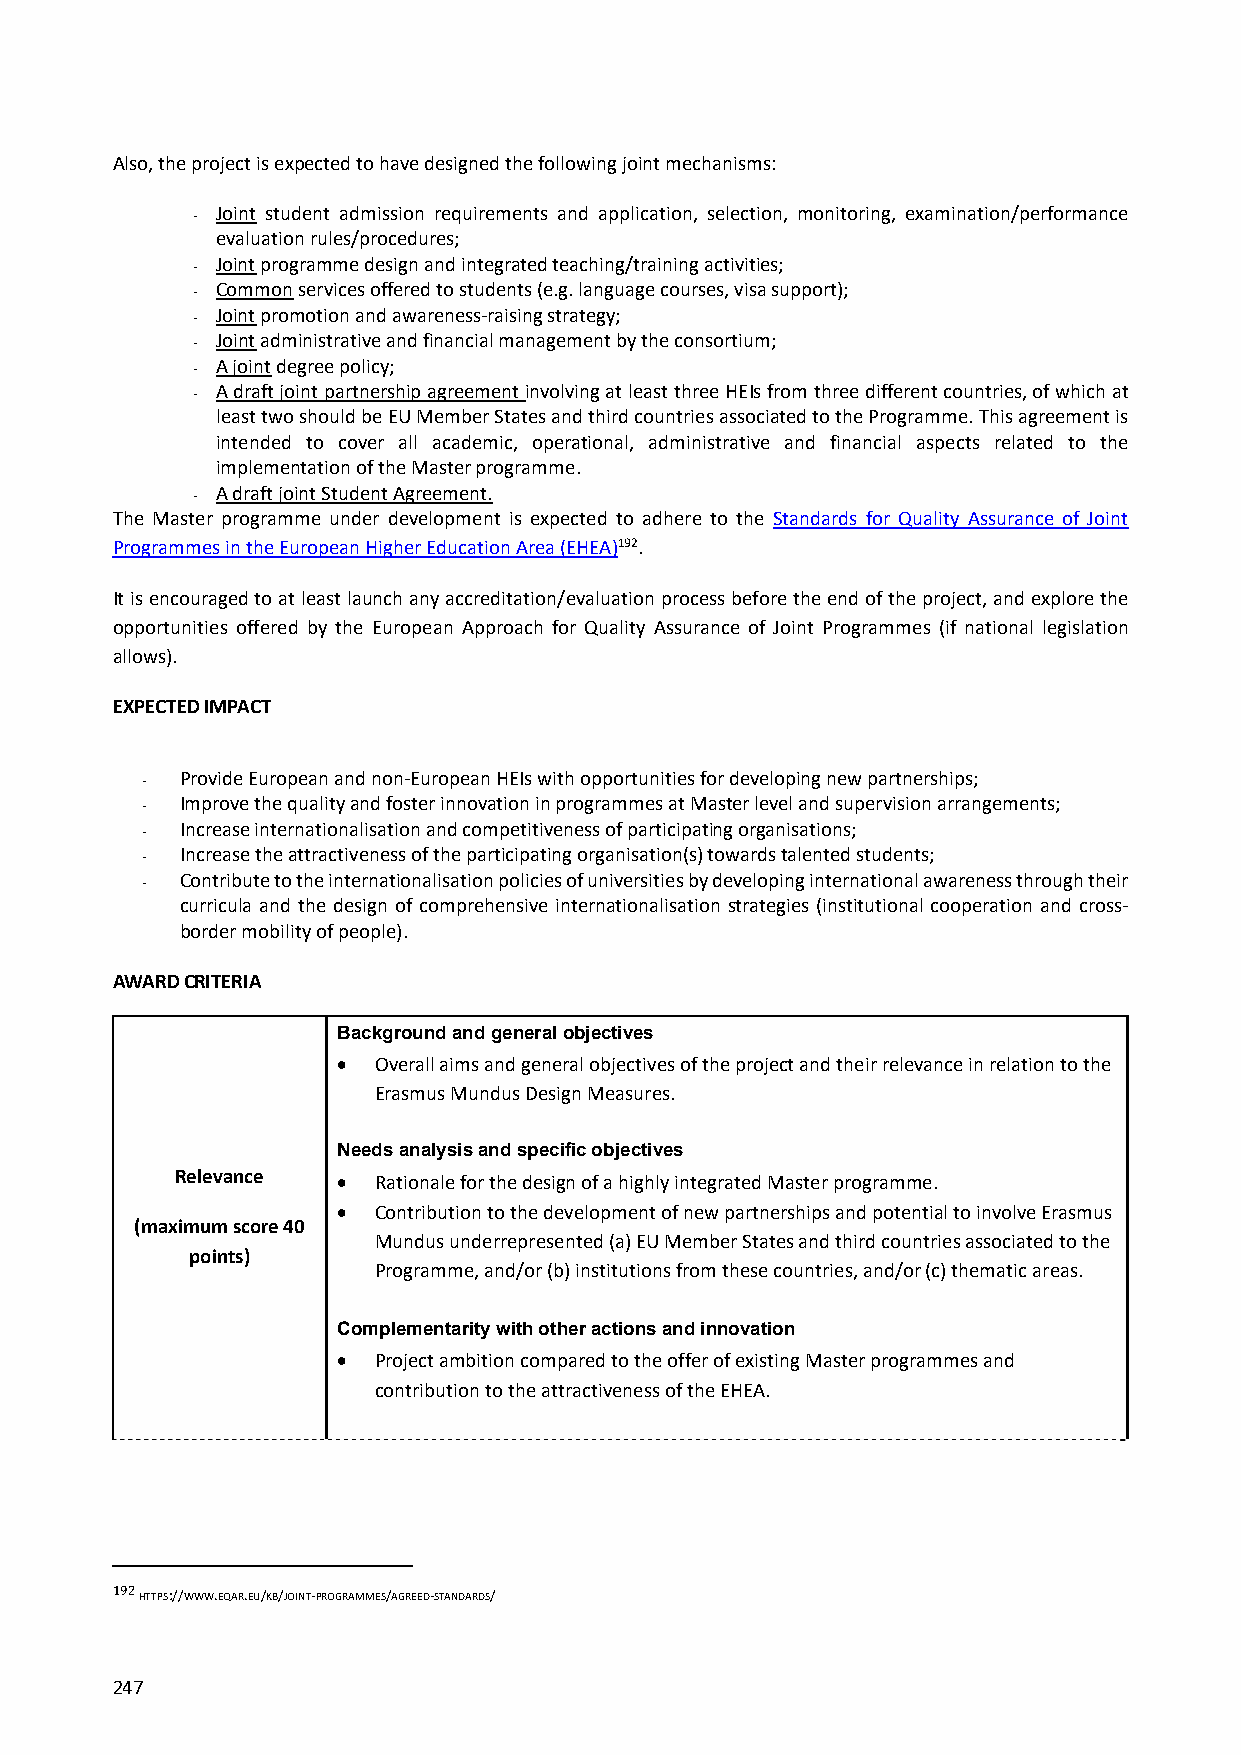
Also, the project is expected to have designed the following joint mechanisms:
 ‐ Joint student admission requirements and application, selection, monitoring, examination/performance
 evaluation rules/procedures;
 ‐ Joint programme design and integrated teaching/training activities;
 ‐ Common services offered to students (e.g. language courses, visa support);
 ‐ Joint promotion and awareness‐raising strategy;
 ‐ Joint administrative and financial management by the consortium;
 ‐ A joint degree policy;
 ‐ A draft joint partnership agreement involving at least three HEIs from three different countries, of which at
 least two should be EU Member States and third countries associated to the Programme. This agreement is
 intended to cover all academic, operational, administrative and financial aspects related to the
 implementation of the Master programme.
 ‐ A draft joint Student Agreement.
 The Master programme under development is expected to adhere to the Standards for Quality Assurance of Joint
 Programmes in the European Higher Education Area (EHEA)192.
 It is encouraged to at least launch any accreditation/evaluation process before the end of the project, and explore the
 opportunities offered by the European Approach for Quality Assurance of Joint Programmes (if national legislation
 allows).
 EXPECTED IMPACT
 ‐  Provide European and non‐European HEIs with opportunities for developing new partnerships;
 ‐  Improve the quality and foster innovation in programmes at Master level and supervision arrangements;
 ‐  Increase internationalisation and competitiveness of participating organisations;
 ‐  Increase the attractiveness of the participating organisation(s) towards talented students;
 ‐  Contribute to the internationalisation policies of universities by developing international awareness through their
 curricula and the design of comprehensive internationalisation strategies (institutional cooperation and cross‐
 border mobility of people).
 AWARD CRITERIA
 Background and general objectives
   Overall aims and general objectives of the project and their relevance in relation to the
 Erasmus Mundus Design Measures.
 Needs analysis and specific objectives
 Relevance   Rationale for the design of a highly integrated Master programme.
   Contribution to the development of new partnerships and potential to involve Erasmus
 (maximum score 40
 Mundus underrepresented (a) EU Member States and third countries associated to the
 points)
 Programme, and/or (b) institutions from these countries, and/or (c) thematic areas.
 Complementarity with other actions and innovation
   Project ambition compared to the offer of existing Master programmes and
 contribution to the attractiveness of the EHEA.
 192 HTTPS://WWW.EQAR.EU/KB/JOINT‐PROGRAMMES/AGREED‐STANDARDS/
 247